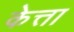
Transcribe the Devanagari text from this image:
केत्ता